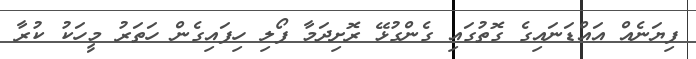
ފިޔަނެއް އައްޑަނައިގެ ގޮތުގައި ގެންގުޅޭ ރޮށިދަމާ ފޯލި ހިފައިގެން ހަތަރު މީހަކު ކުރާ